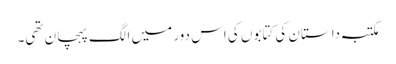
مکتبہ داستان کی کتابوں کی اس دور میں الگ پہچان تھی۔